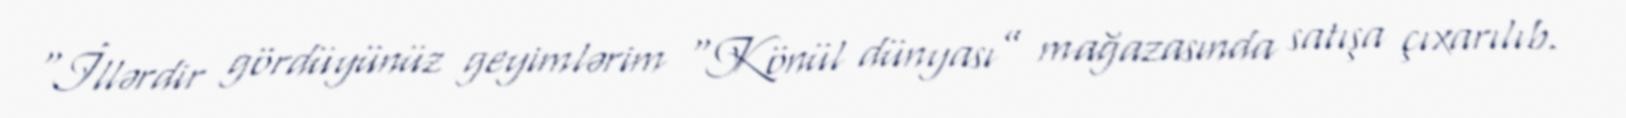
“İllərdir gördüyünüz geyimlərim “Könül dünyası” mağazasında satışa çıxarılıb.